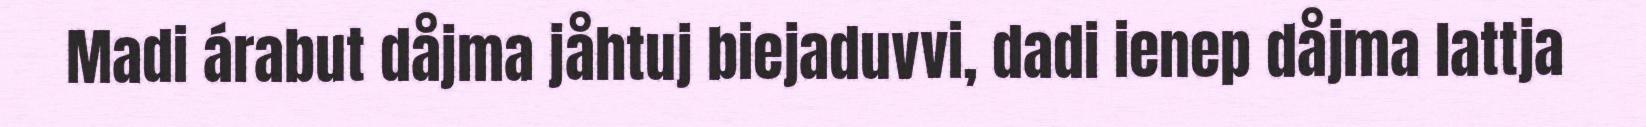
Madi árabut dåjma jåhtuj biejaduvvi, dadi ienep dåjma lattja